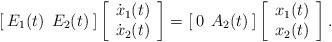
LaTeX: \begin{align*}[\>E_1(t)\>\>E_2(t)\>]\left[\begin{array}{c} \dot x_1(t)\\\dot x_2(t) \end{array}\right]=[\>0\>\>A_2(t)\>]\left[\begin{array}{c} x_1(t)\\x_2(t) \end{array}\right].\end{align*}